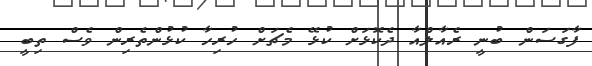
ފާގަސަން ބުނީ ރެއާލްއާ ދެކޮޅަށް ކުޅޭ މެޗަށް ހުރިހާ ކުޅުންތެރިން ވެސް ތިބީ